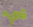
شيء